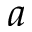
\boldsymbol { a }